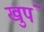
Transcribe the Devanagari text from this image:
खुपं